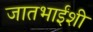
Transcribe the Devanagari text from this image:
जातभाईंशी